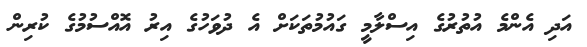
އަދި އެންމެ އުތުރުގެ އިސްލާމީ ގައުމުތަކަށް އެ ދުވަހުގެ އިރު އޮއްސުމުގެ ކުރިން